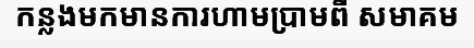
កន្លងមកមានការហាមប្រាមពី សមាគម